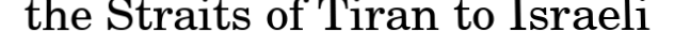
the Straits of Tiran to Israeli